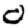
Digit: 0